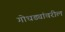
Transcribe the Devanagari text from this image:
गोधड्यांवरील